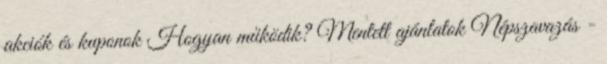
akciók és kuponok Hogyan működik? Mentett ajánlatok Népszavazás -